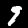
Digit: 9